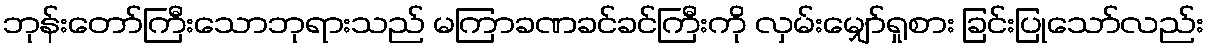
ဘုန်းတော်ကြီးသောဘုရားသည် မကြာခဏခင်ခင်ကြီးကို လှမ်းမျှော်ရှုစား ခြင်းပြုသော်လည်း